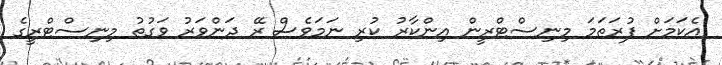
އެކަމަށް ފުރަތަމަ މިނިސްޓްރީން އިންކާރު ކުރި ނަމަވެސް ރޭ ދަންވަރު ވަގުތު މިނިސްޓްރީގެ